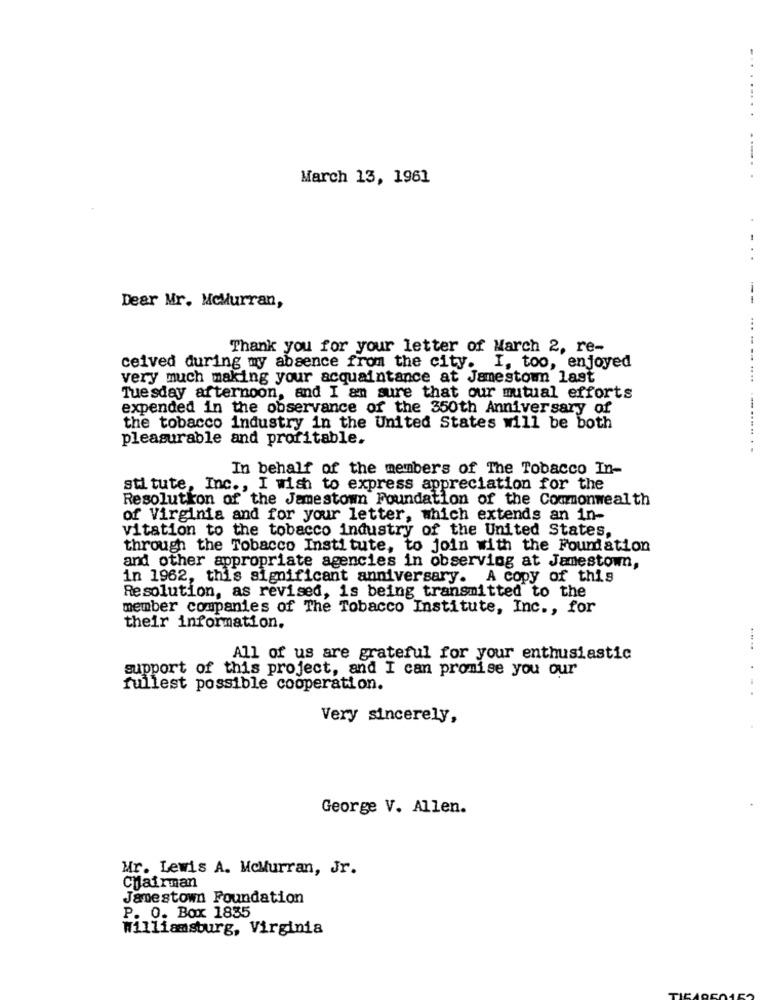
March 13, 1961
..
--
Dear Mr. McMurran,
Thank you for your letter of March 2, re-
ceived during my absence from the city. I, too, enjoyed
very much making your acquaintance at Jamestown last
.. ... ....
Tuesday afternoon, and I am sure that our mutual efforts
expended in the observance of the 350th Anniversary of
the tobacco industry in the United States will be both
pleasurable and profitable.
In behalf of the members of The Tobacco In-
stitute, Inc ., I wish to express appreciation for the
Resolution of the Jamestown Foundation of the Commonwealth
of Virginia and for your letter, which extends an in-
vitation to the tobacco industry of the United States,
through the Tobacco Institute, to join with the Foundation
and other appropriate agencies in observing at Jamestown,
in 1962, this significant anniversary. A copy of this
Resolution, as revised, is being transmitted to the
member companies of The Tobacco Institute, Inc ., for
their information.
All of us are grateful for your enthusiastic
support of this project, and I can promise you our
fullest possible cooperation.
Very sincerely,
George V. Allen.
Mr. Lewis A. McMurran, Jr.
Chairman
Jamestown Foundation
P. O. Box 1835
Williamsburg, Virginia